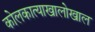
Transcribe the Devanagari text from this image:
कोलकात्याखालोखाल